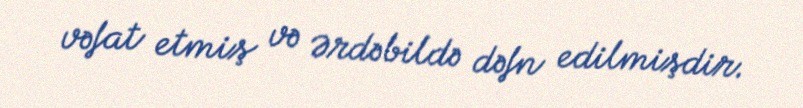
vəfat etmiş və Ərdəbildə dəfn edilmişdir.